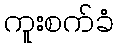
ကူးစက်ခံ